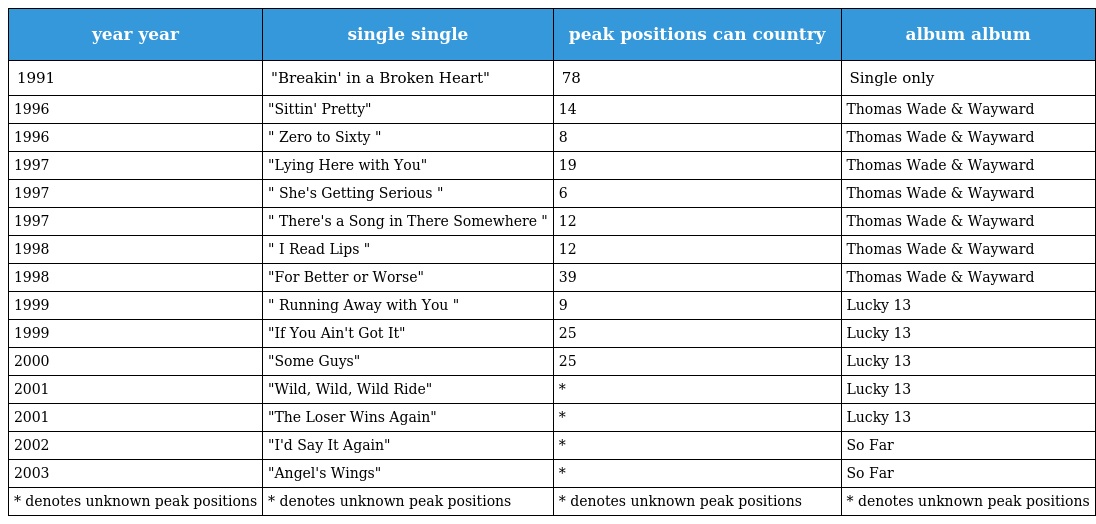
| year year | single single | peak positions can country | album album |
 | --- | --- | --- | --- |
 | 1991 | "Breakin' in a Broken Heart" | 78 | Single only |
 | 1996 | "Sittin' Pretty" | 14 | Thomas Wade & Wayward |
 | 1996 | " Zero to Sixty " | 8 | Thomas Wade & Wayward |
 | 1997 | "Lying Here with You" | 19 | Thomas Wade & Wayward |
 | 1997 | " She's Getting Serious " | 6 | Thomas Wade & Wayward |
 | 1997 | " There's a Song in There Somewhere " | 12 | Thomas Wade & Wayward |
 | 1998 | " I Read Lips " | 12 | Thomas Wade & Wayward |
 | 1998 | "For Better or Worse" | 39 | Thomas Wade & Wayward |
 | 1999 | " Running Away with You " | 9 | Lucky 13 |
 | 1999 | "If You Ain't Got It" | 25 | Lucky 13 |
 | 2000 | "Some Guys" | 25 | Lucky 13 |
 | 2001 | "Wild, Wild, Wild Ride" | * | Lucky 13 |
 | 2001 | "The Loser Wins Again" | * | Lucky 13 |
 | 2002 | "I'd Say It Again" | * | So Far |
 | 2003 | "Angel's Wings" | * | So Far |
 | * denotes unknown peak positions | * denotes unknown peak positions | * denotes unknown peak positions | * denotes unknown peak positions |